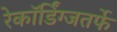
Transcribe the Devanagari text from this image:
रेकॉर्डिंग्जतर्फे